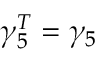
\gamma _ { 5 } ^ { T } = \gamma _ { 5 }